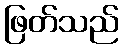
ဖြတ်သည်